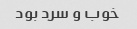
خوب و سرد بود